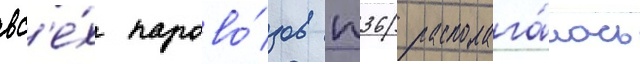
вс'е́х парово́зов п36 располага́лась